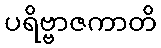
ပရိဗ္ဗာဇကာတိ